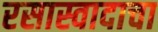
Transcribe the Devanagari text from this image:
रसास्वादाचा